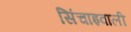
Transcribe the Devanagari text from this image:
सिंचाइवाली